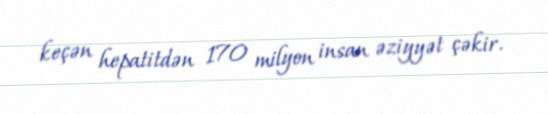
keçən hepatitdən 170 milyon insan əziyyət çəkir.